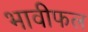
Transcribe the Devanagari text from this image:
भावीफल